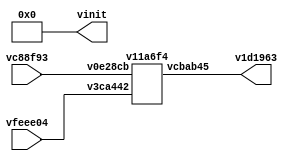
// Code generated by Icestudio 0.3.0
// Mon, 28 Aug 2017 14:16:39 GMT

`default_nettype none

module main (
 input vc88f93,
 input vfeee04,
 output v1d1963,
 output [0:4] vinit
);
 wire w0;
 wire w1;
 wire w2;
 assign w0 = vc88f93;
 assign w1 = vfeee04;
 assign v1d1963 = w2;
 v11a6f4 v1d0ffd (
  .v0e28cb(w0),
  .v3ca442(w1),
  .vcbab45(w2)
 );
 assign vinit = 5'b00000;
endmodule

module v11a6f4 (
 input v0e28cb,
 input v3ca442,
 output vcbab45
);
 wire w0;
 wire w1;
 wire w2;
 assign w0 = v0e28cb;
 assign w1 = v3ca442;
 assign vcbab45 = w2;
 v11a6f4_vf4938a vf4938a (
  .a(w0),
  .b(w1),
  .c(w2)
 );
endmodule

module v11a6f4_vf4938a (
 input a,
 input b,
 output c
);
 // AND logic gate
 
 assign c = a & b;
endmodule